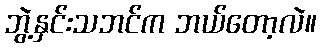
ဘွဲ့နှင်းသဘင်က ဘယ်တော့လဲ။